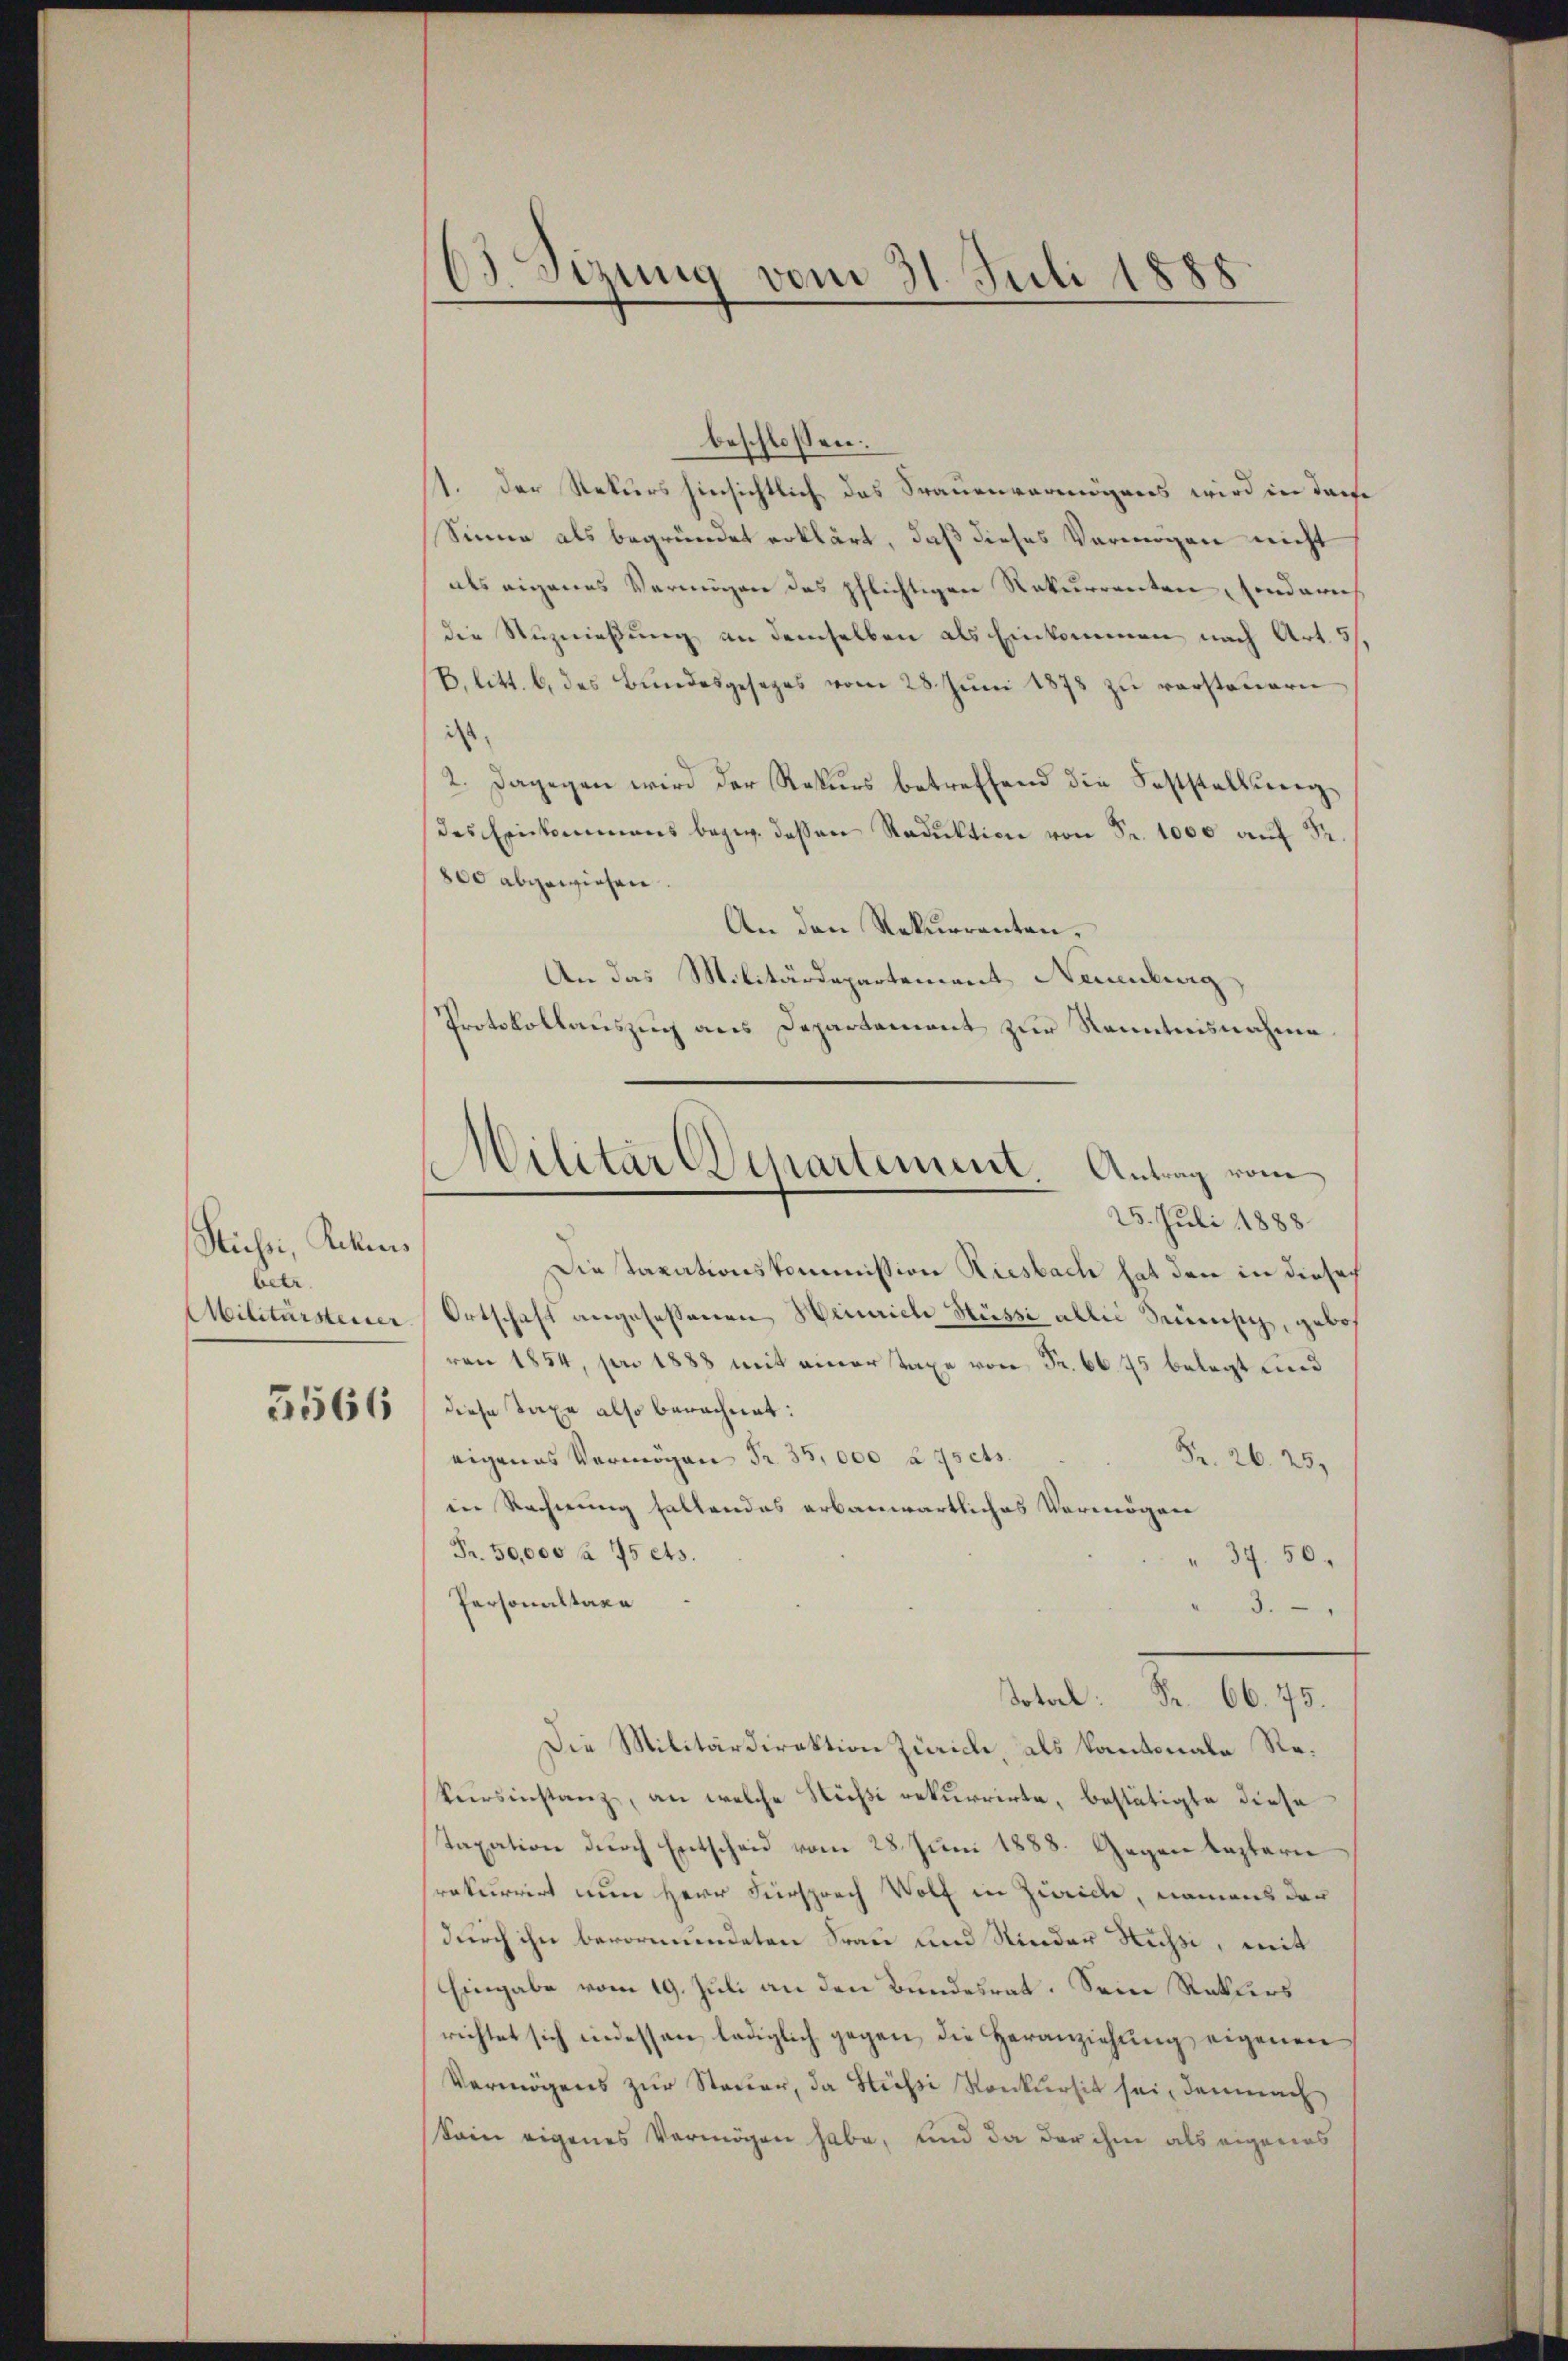
Hüsi, Rekurs
betr.
Militärsteiner
51566

63 Sizung vom 31. Juli 1888

beschlossen:
1. Der Rekurs hinsichtlich, das Frauenvermögens wird in darfe
Sinne als begründet erklärt, daß dieses Vermögen nicht
als eigenes Vermögen des pflichtigen Naturrenten, sondern
die Nuzniessung an demselben als Einkommen nach Art. 3/
E. litt. b. des Bundesgesezes vom 28. Juni 1878 zu versteuern
2. Dagegen wird der Rekurs betreffend die Feststallswegdes Einkommens bezw. deßen Reduktion von Fr. 1000 auf S
800 abgewiesen.
An den Rekurrenten.
An das Militärdepartement Neuenburg,
Protokollauszug aus Departement zur Kenntnisnahme
Dietaxationskommission Riesbach hat den in dieser
Ortschaft angesessenen Heinrich Hüssi allei Seinsich, geboh
ren 1854, pro 1888 mit einer Taxe von Fr. 66 75 belegt und
diese Taxe also berechnet:
eigenes Vermögen Fr. 35,000 à 75cts.
Fr. 26. 25.
ine Rechnung fallendes erbanwärtliches Vermögen
Fr. 50,000 f 45 cts.
f. 50
Personaltaxe
3.
otoel Fr. 66. 75.
Die Militärdirektion Zürich, als Kantonale Re¬
Versinstanz, an welche Nichti rekurrirte, bestätigte diese
taxation durch Entscheid vom 28. Juni 1888. Gegen Kasteri
rekurrirt nun Herr Fürsprach Wolf in Zürich, namens der
durch ihn bevormundeten Frau und Nieder Hussi, mit
Eingabe vom 19. Juli an den Bundesrat. Sein Rekurs
richtet sich indessen lediglich gegen die Heranziehung eigenen
Vermögens zur Steuer, da Stüßi Konkursit sei, demnach
Sein eigenes Vermögen habe, und da der ihne als eigenes

Militar Departement Antrag vom
25. Juli 1888